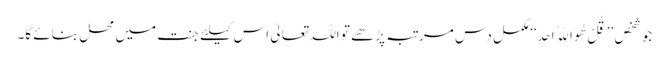
جو شخص ’’قُلْ ھُوَ اﷲُ اَحَد‘‘ مکمل دس مرتبہ پڑھے تو اللہ تعالیٰ اس کیلئے جنت میں محل بنائے گا۔